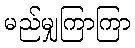
မည်မျှကြာကြာ